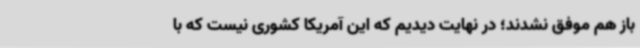
باز هم موفق نشدند؛ در نهایت دیدیم که این آمریکا کشوری نیست که با